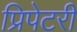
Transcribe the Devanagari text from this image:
प्रिपेटरी